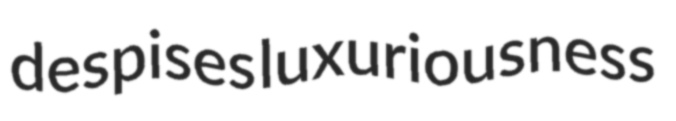
despises luxuriousness